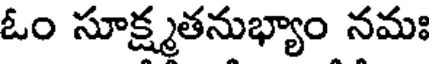
ఓం సూక్ష్మతనుభ్యాం నమః